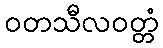
ဝတသီလဝတ္တံ